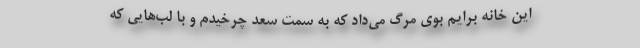
این خانه برایم بوی مرگ می‌داد که به سمت سعد چرخیدم و با لب‌هایی که